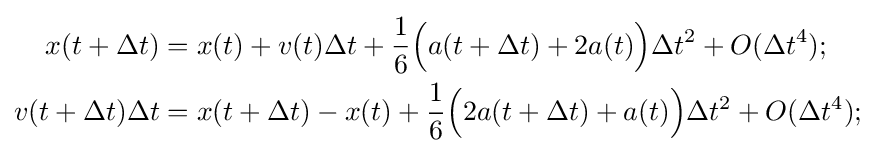
{\begin{aligned}x(t+\Delta t)&=x(t)+v(t)\Delta t+{\frac {1}{6}}{\Bigl (}a(t+\Delta t)+2a(t){\Bigr )}\Delta t^{2}+O(\Delta t^{4});\\v(t+\Delta t)\Delta t&=x(t+\Delta t)-x(t)+{\frac {1}{6}}{\Bigl (}2a(t+\Delta t)+a(t){\Bigr )}\Delta t^{2}+O(\Delta t^{4});\end{aligned}}